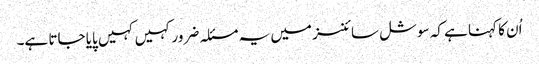
اُن کا کہنا ہے کہ سوشل سائنسز میں یہ مسئلہ ضرور کہیں کہیں پایا جاتا ہے۔